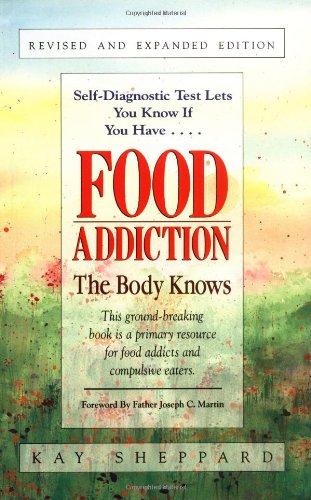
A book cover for Food Addiction: The Body Knows: Revised & Expanded Edition; Kay Sheppard; Self-Help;